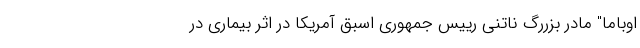
اوباما" مادر بزررگ ناتنی رییس جمهوری اسبق آمریکا در اثر بیماری در